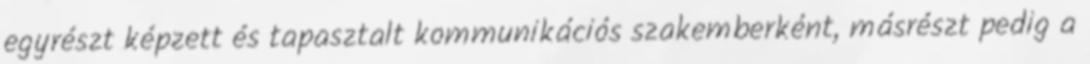
egyrészt képzett és tapasztalt kommunikációs szakemberként, másrészt pedig a